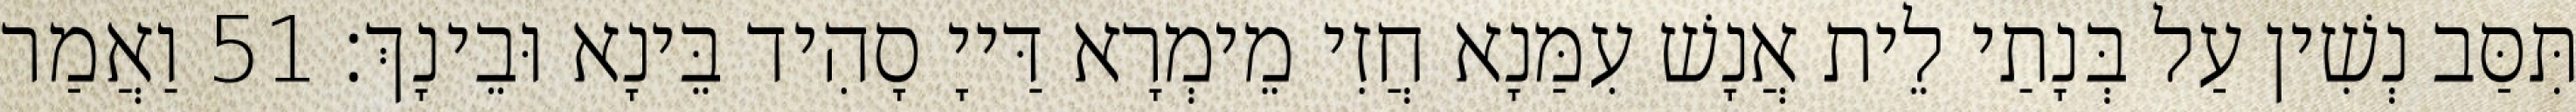
תִּסַּב נְשִׁין עַל בְּנָתַי לֵית אֲנָשׁ עִמַּנָא חֲזִי מֵימְרָא דַּייָ סָהִיד בֵּינָא וּבֵינָךְ׃ 51 וַאֲמַר